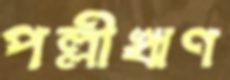
পল্লীঋণ